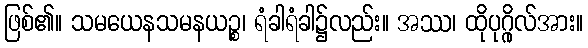
ဖြစ်၏။ သမယေနသမနယဉ္စ၊ ရံခါရံခါ၌လည်း။ အဿ၊ ထိုပုဂ္ဂိုလ်အား။